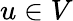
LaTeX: u\in V